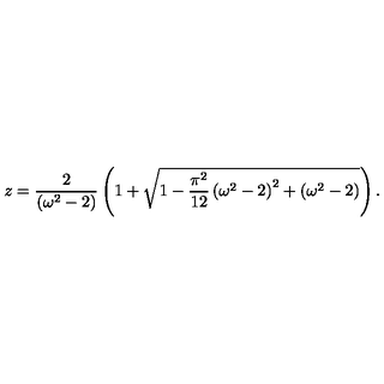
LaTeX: z = \frac { 2 } { \left( \omega ^ { 2 } - 2 \right) } \left( 1 + \sqrt { 1 - \frac { \pi ^ { 2 } } { 1 2 } \left( \omega ^ { 2 } - 2 \right) ^ { 2 } + \left( \omega ^ { 2 } - 2 \right) } \right) .